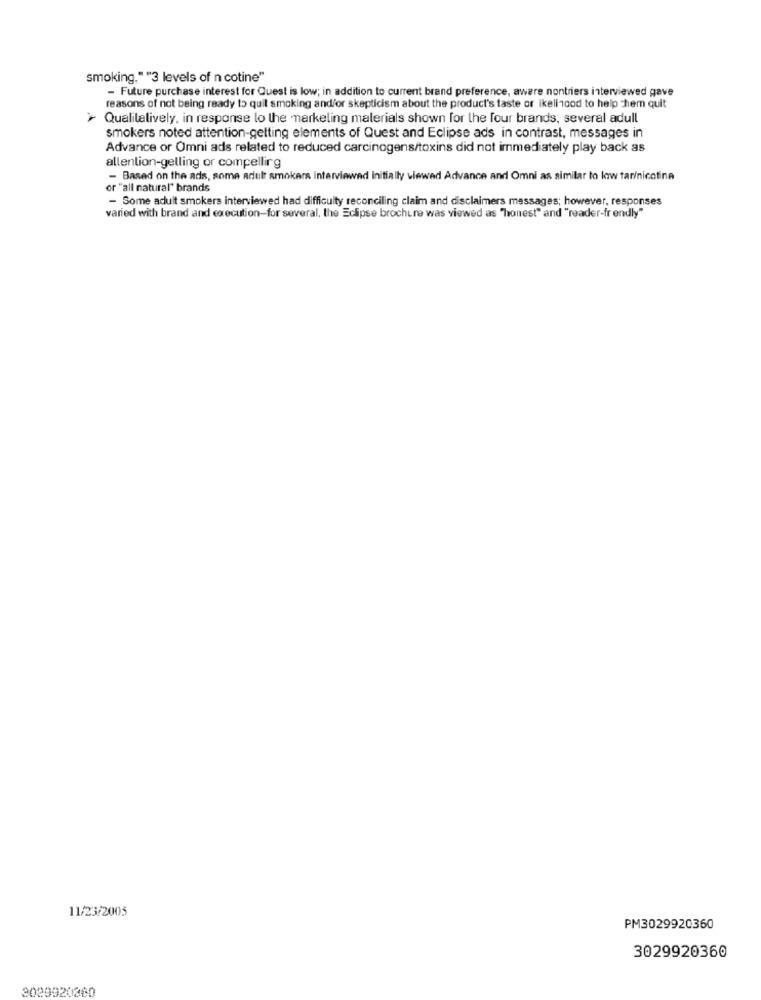
smoking.""3 levels of n cotine"
- Future purchase interest for Quest is low; in addition to current brand preference, aware nontriers interviewed gave
reasons of not being ready to quit smoking and/or skepticism about the product's taste of ikelincod to help chem quit
> Qualitalively, in response lo the marketing materials shown for the four brands, several adull
smokers noted attention-getting elements of Quest and Eclipse ads in contrast, messages in
Advance or Omni ads related to reduced carcinogens/toxins did not immediately play back as
allenlion-gelling or compelling
- Based on the ads, some adult smokers interviewed initially viewed Advance and Omni as similar to low tar/nicotina
or "all natural" brands
- Some adult smokers interviewed had difficulty reconciling claim and disclaimers messages; however, responses
varied with brand and execution-for several, the Eclipse brochure was viewed as "honest" and "reader-fr endly"
11/23/2005
PM3029920360
3029920360
3029920860